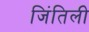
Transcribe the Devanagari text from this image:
जिंतिली